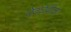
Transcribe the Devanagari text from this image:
देवघेवीला